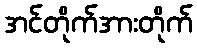
အင်တိုက်အားတိုက်